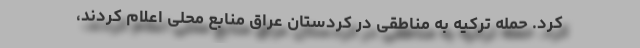
کرد. حمله ترکیه به مناطقی در کردستان عراق منابع محلی اعلام کردند،